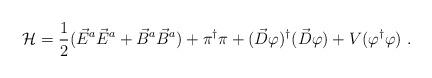
LaTeX: \begin{align*}{\cal H} = \frac{1}{2} ( \vec{E}^a \vec{E}^a + \vec{B}^a \vec{B}^a)+ \pi^{\dagger} \pi + ( \vec{D} \varphi )^{\dagger}( \vec{D} \varphi ) + V ( \varphi^{\dagger} \varphi ) \ .\end{align*}